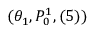
( \theta _ { 1 } , P _ { 0 } ^ { 1 } , ( 5 ) )